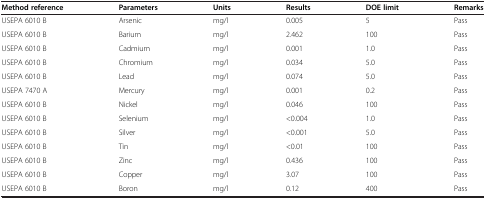
<table><thead><tr><td><b>Method reference</b></td><td><b>Parameters</b></td><td><b>Units</b></td><td><b>Results</b></td><td><b>DOE limit</b></td><td><b>Remarks</b></td></tr></thead><tbody><tr><td>USEPA 6010 B</td><td>Arsenic</td><td>mg/l</td><td>0.005</td><td>5</td><td>Pass</td></tr><tr><td>USEPA 6010 B</td><td>Barium</td><td>mg/l</td><td>2.462</td><td>100</td><td>Pass</td></tr><tr><td>USEPA 6010 B</td><td>Cadmium</td><td>mg/l</td><td>0.001</td><td>1.0</td><td>Pass</td></tr><tr><td>USEPA 6010 B</td><td>Chromium</td><td>mg/l</td><td>0.034</td><td>5.0</td><td>Pass</td></tr><tr><td>USEPA 6010 B</td><td>Lead</td><td>mg/l</td><td>0.074</td><td>5.0</td><td>Pass</td></tr><tr><td>USEPA 7470 A</td><td>Mercury</td><td>mg/l</td><td>0.001</td><td>0.2</td><td>Pass</td></tr><tr><td>USEPA 6010 B</td><td>Nickel</td><td>mg/l</td><td>0.046</td><td>100</td><td>Pass</td></tr><tr><td>USEPA 6010 B</td><td>Selenium</td><td>mg/l</td><td>&lt;0.004</td><td>1.0</td><td>Pass</td></tr><tr><td>USEPA 6010 B</td><td>Silver</td><td>mg/l</td><td>&lt;0.001</td><td>5.0</td><td>Pass</td></tr><tr><td>USEPA 6010 B</td><td>Tin</td><td>mg/l</td><td>&lt;0.01</td><td>100</td><td>Pass</td></tr><tr><td>USEPA 6010 B</td><td>Zinc</td><td>mg/l</td><td>0.436</td><td>100</td><td>Pass</td></tr><tr><td>USEPA 6010 B</td><td>Copper</td><td>mg/l</td><td>3.07</td><td>100</td><td>Pass</td></tr><tr><td>USEPA 6010 B</td><td>Boron</td><td>mg/l</td><td>0.12</td><td>400</td><td>Pass</td></tr></tbody></table>